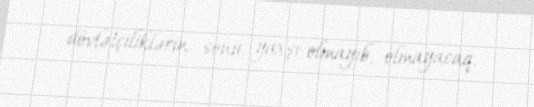
dövlətçiliklərin sonu yaxşı olmayıb, olmayacaq.